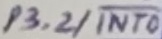
Text: P3.2/INT0